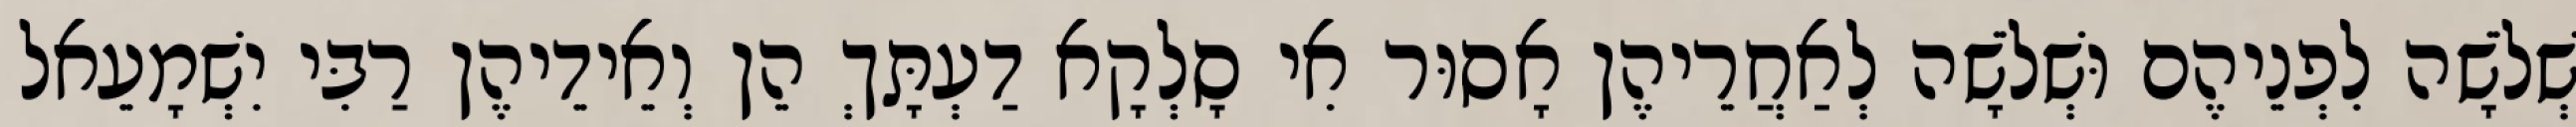
שְׁלֹשָׁה לִפְנֵיהֶם וּשְׁלֹשָׁה לְאַחֲרֵיהֶן אָסוּר אִי סָלְקָא דַעְתָּךְ הֵן וְאֵידֵיהֶן רַבִּי יִשְׁמָעֵאל